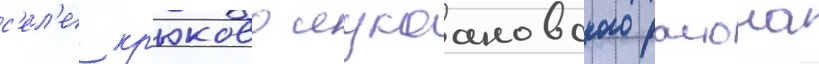
с'ел'е кр'юково лукоановского раиона